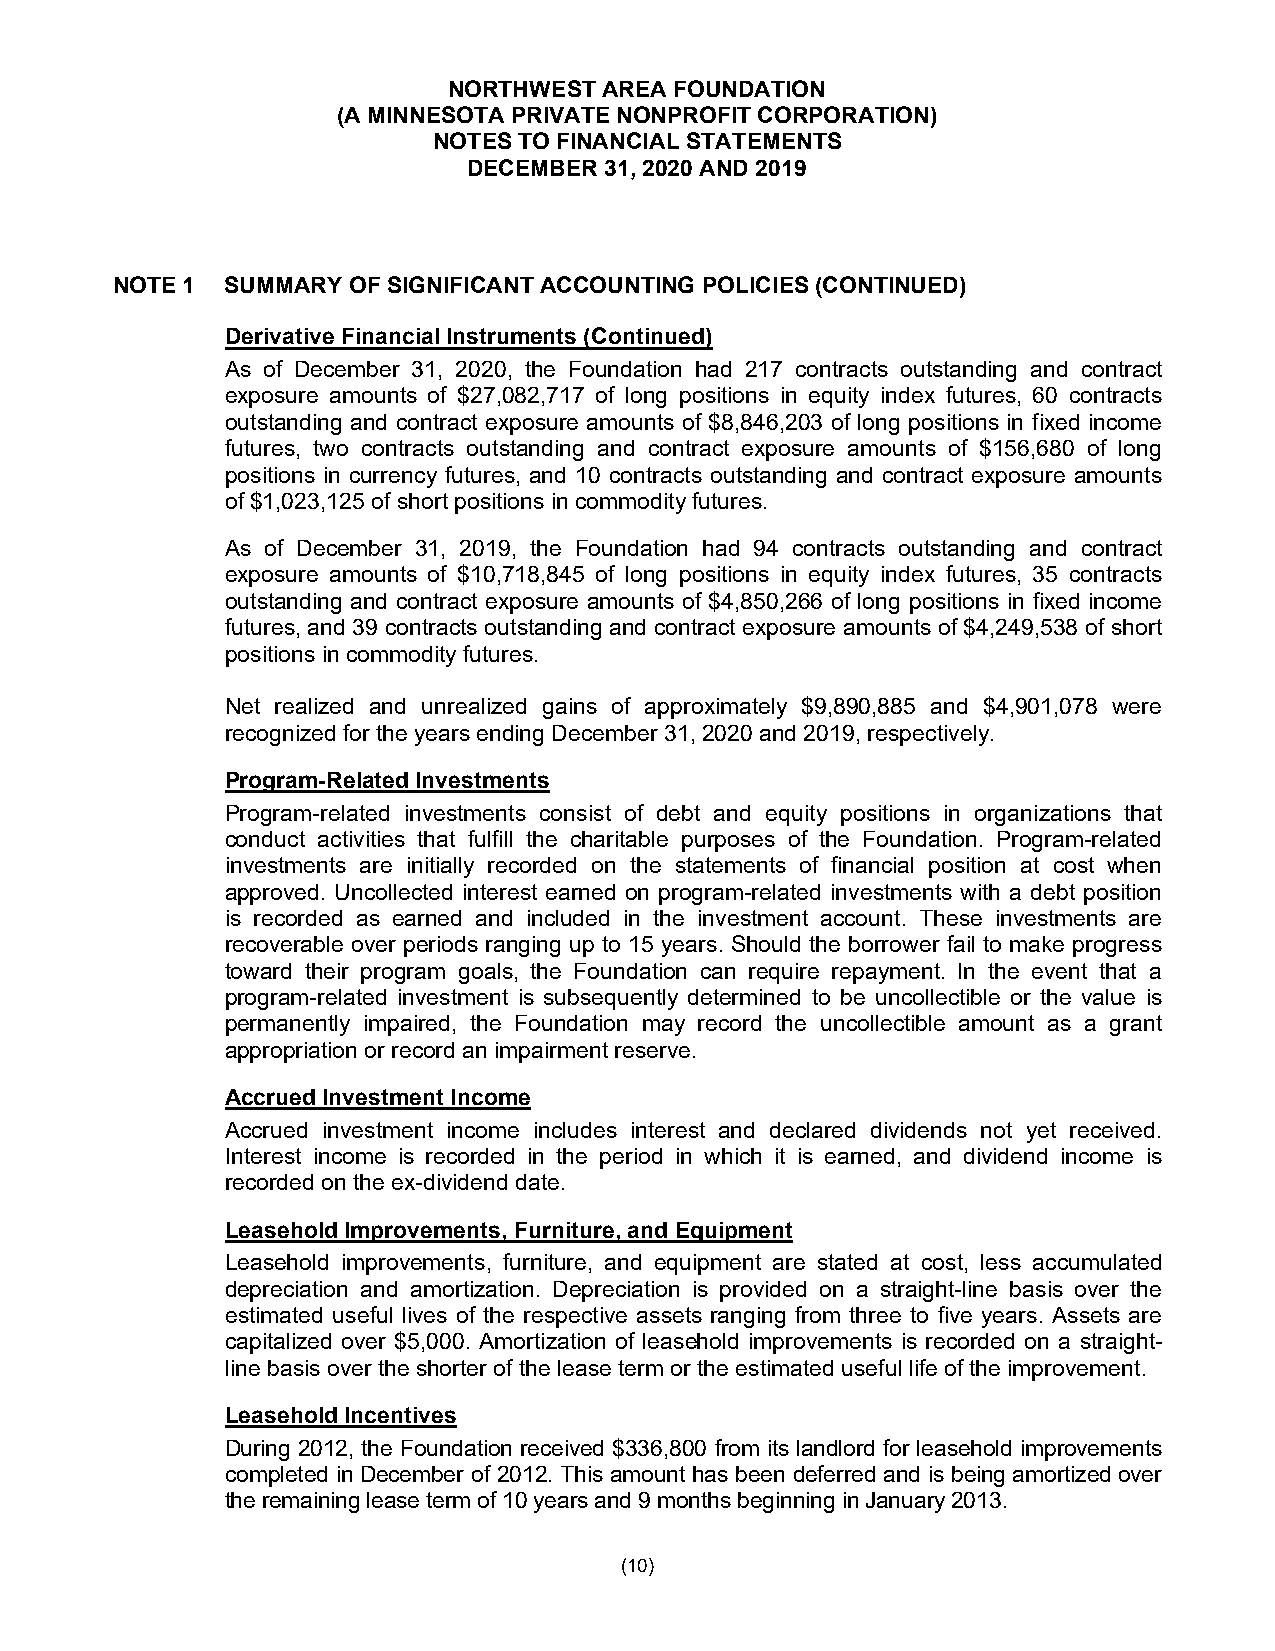
NORTHWEST AREA FOUNDATION
 (A MINNESOTA PRIVATE NONPROFIT CORPORATION)
 NOTES TO FINANCIAL STATEMENTS
 DECEMBER 31, 2020 AND 2019
 NOTE 1  SUMMARY OF SIGNIFICANT ACCOUNTING POLICIES (CONTINUED)
 Derivative Financial Instruments (Continued)
 As of December 31, 2020, the Foundation had 217 contracts outstanding and contract
 exposure amounts of $27,082,717 of long positions in equity index futures, 60 contracts
 outstanding and contract exposure amounts of $8,846,203 of long positions in fixed income
 futures, two contracts outstanding and contract exposure amounts of $156,680 of long
 positions in currency futures, and 10 contracts outstanding and contract exposure amounts
 of $1,023,125 of short positions in commodity futures.
 As of December 31, 2019, the Foundation had 94 contracts outstanding and contract
 exposure amounts of $10,718,845 of long positions in equity index futures, 35 contracts
 outstanding and contract exposure amounts of $4,850,266 of long positions in fixed income
 futures, and 39 contracts outstanding and contract exposure amounts of $4,249,538 of short
 positions in commodity futures.
 Net realized and unrealized gains of approximately $9,890,885 and $4,901,078 were
 recognized for the years ending December 31, 2020 and 2019, respectively.
 Program-Related Investments
 Program-related investments consist of debt and equity positions in organizations that
 conduct activities that fulfill the charitable purposes of the Foundation. Program-related
 investments are initially recorded on the statements of financial position at cost when
 approved. Uncollected interest earned on program-related investments with a debt position
 is recorded as earned and included in the investment account. These investments are
 recoverable over periods ranging up to 15 years. Should the borrower fail to make progress
 toward their program goals, the Foundation can require repayment. In the event that a
 program-related investment is subsequently determined to be uncollectible or the value is
 permanently impaired, the Foundation may record the uncollectible amount as a grant
 appropriation or record an impairment reserve.
 Accrued Investment Income
 Accrued investment income includes interest and declared dividends not yet received.
 Interest income is recorded in the period in which it is earned, and dividend income is
 recorded on the ex-dividend date.
 Leasehold Improvements, Furniture, and Equipment
 Leasehold improvements, furniture, and equipment are stated at cost, less accumulated
 depreciation and amortization. Depreciation is provided on a straight-line basis over the
 estimated useful lives of the respective assets ranging from three to five years. Assets are
 capitalized over $5,000. Amortization of leasehold improvements is recorded on a straight-
 line basis over the shorter of the lease term or the estimated useful life of the improvement.
 Leasehold Incentives
 During 2012, the Foundation received $336,800 from its landlord for leasehold improvements
 completed in December of 2012. This amount has been deferred and is being amortized over
 the remaining lease term of 10 years and 9 months beginning in January 2013.
 (10)